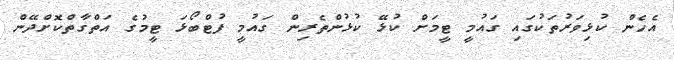
އެހެން ކުޅިވަރުތަކުގައި ގައުމީ ޓީމަށް ކުޅޭ ކުޅުންތެރިން ގައުމީ ފުޓްބޯޅަ ޓީމުގެ އަތްގާތްކޮށްދޭން